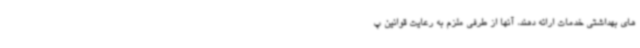
های بهداشتی خدمات ارائه دهند، آنها از طرفی ملزم به رعایت قوانین پ